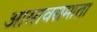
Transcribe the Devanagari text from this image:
आसावरामाता